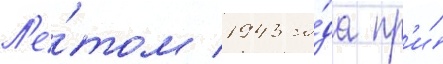
Л'е́том 1943 го́да пр'и́